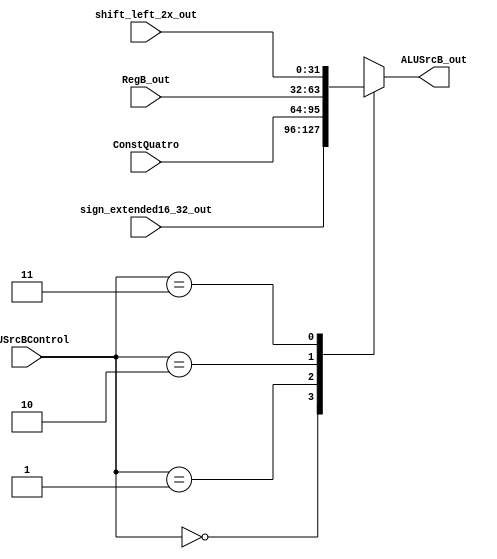
module ALUSrcB_(
	input wire [1:0] ALUSrcBControl, 
	input wire [31:0] sign_extended16_32_out, 
	input wire [31:0] ConstQuatro, 
	input wire [31:0] RegB_out,
	input wire [31:0] shift_left_2x_out,
	output reg [31:0] ALUSrcB_out /* saida */
);
always @(*) begin
        case(ALUSrcBControl)
            2'b00 : ALUSrcB_out  = sign_extended16_32_out ;
            2'b01 :  ALUSrcB_out = ConstQuatro ; 
            2'b10 :  ALUSrcB_out = RegB_out;
            2'b11 :  ALUSrcB_out = shift_left_2x_out;
        endcase
 end
endmodule